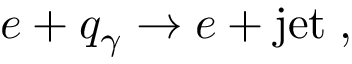
e + q _ { \gamma } \rightarrow e + \mathrm { j e t } \; ,